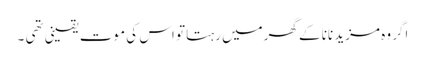
اگر وہ مزید نانا کے گھرمیں رہتا تو اس کی موت یقینی تھی ۔